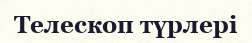
Телескоп түрлері